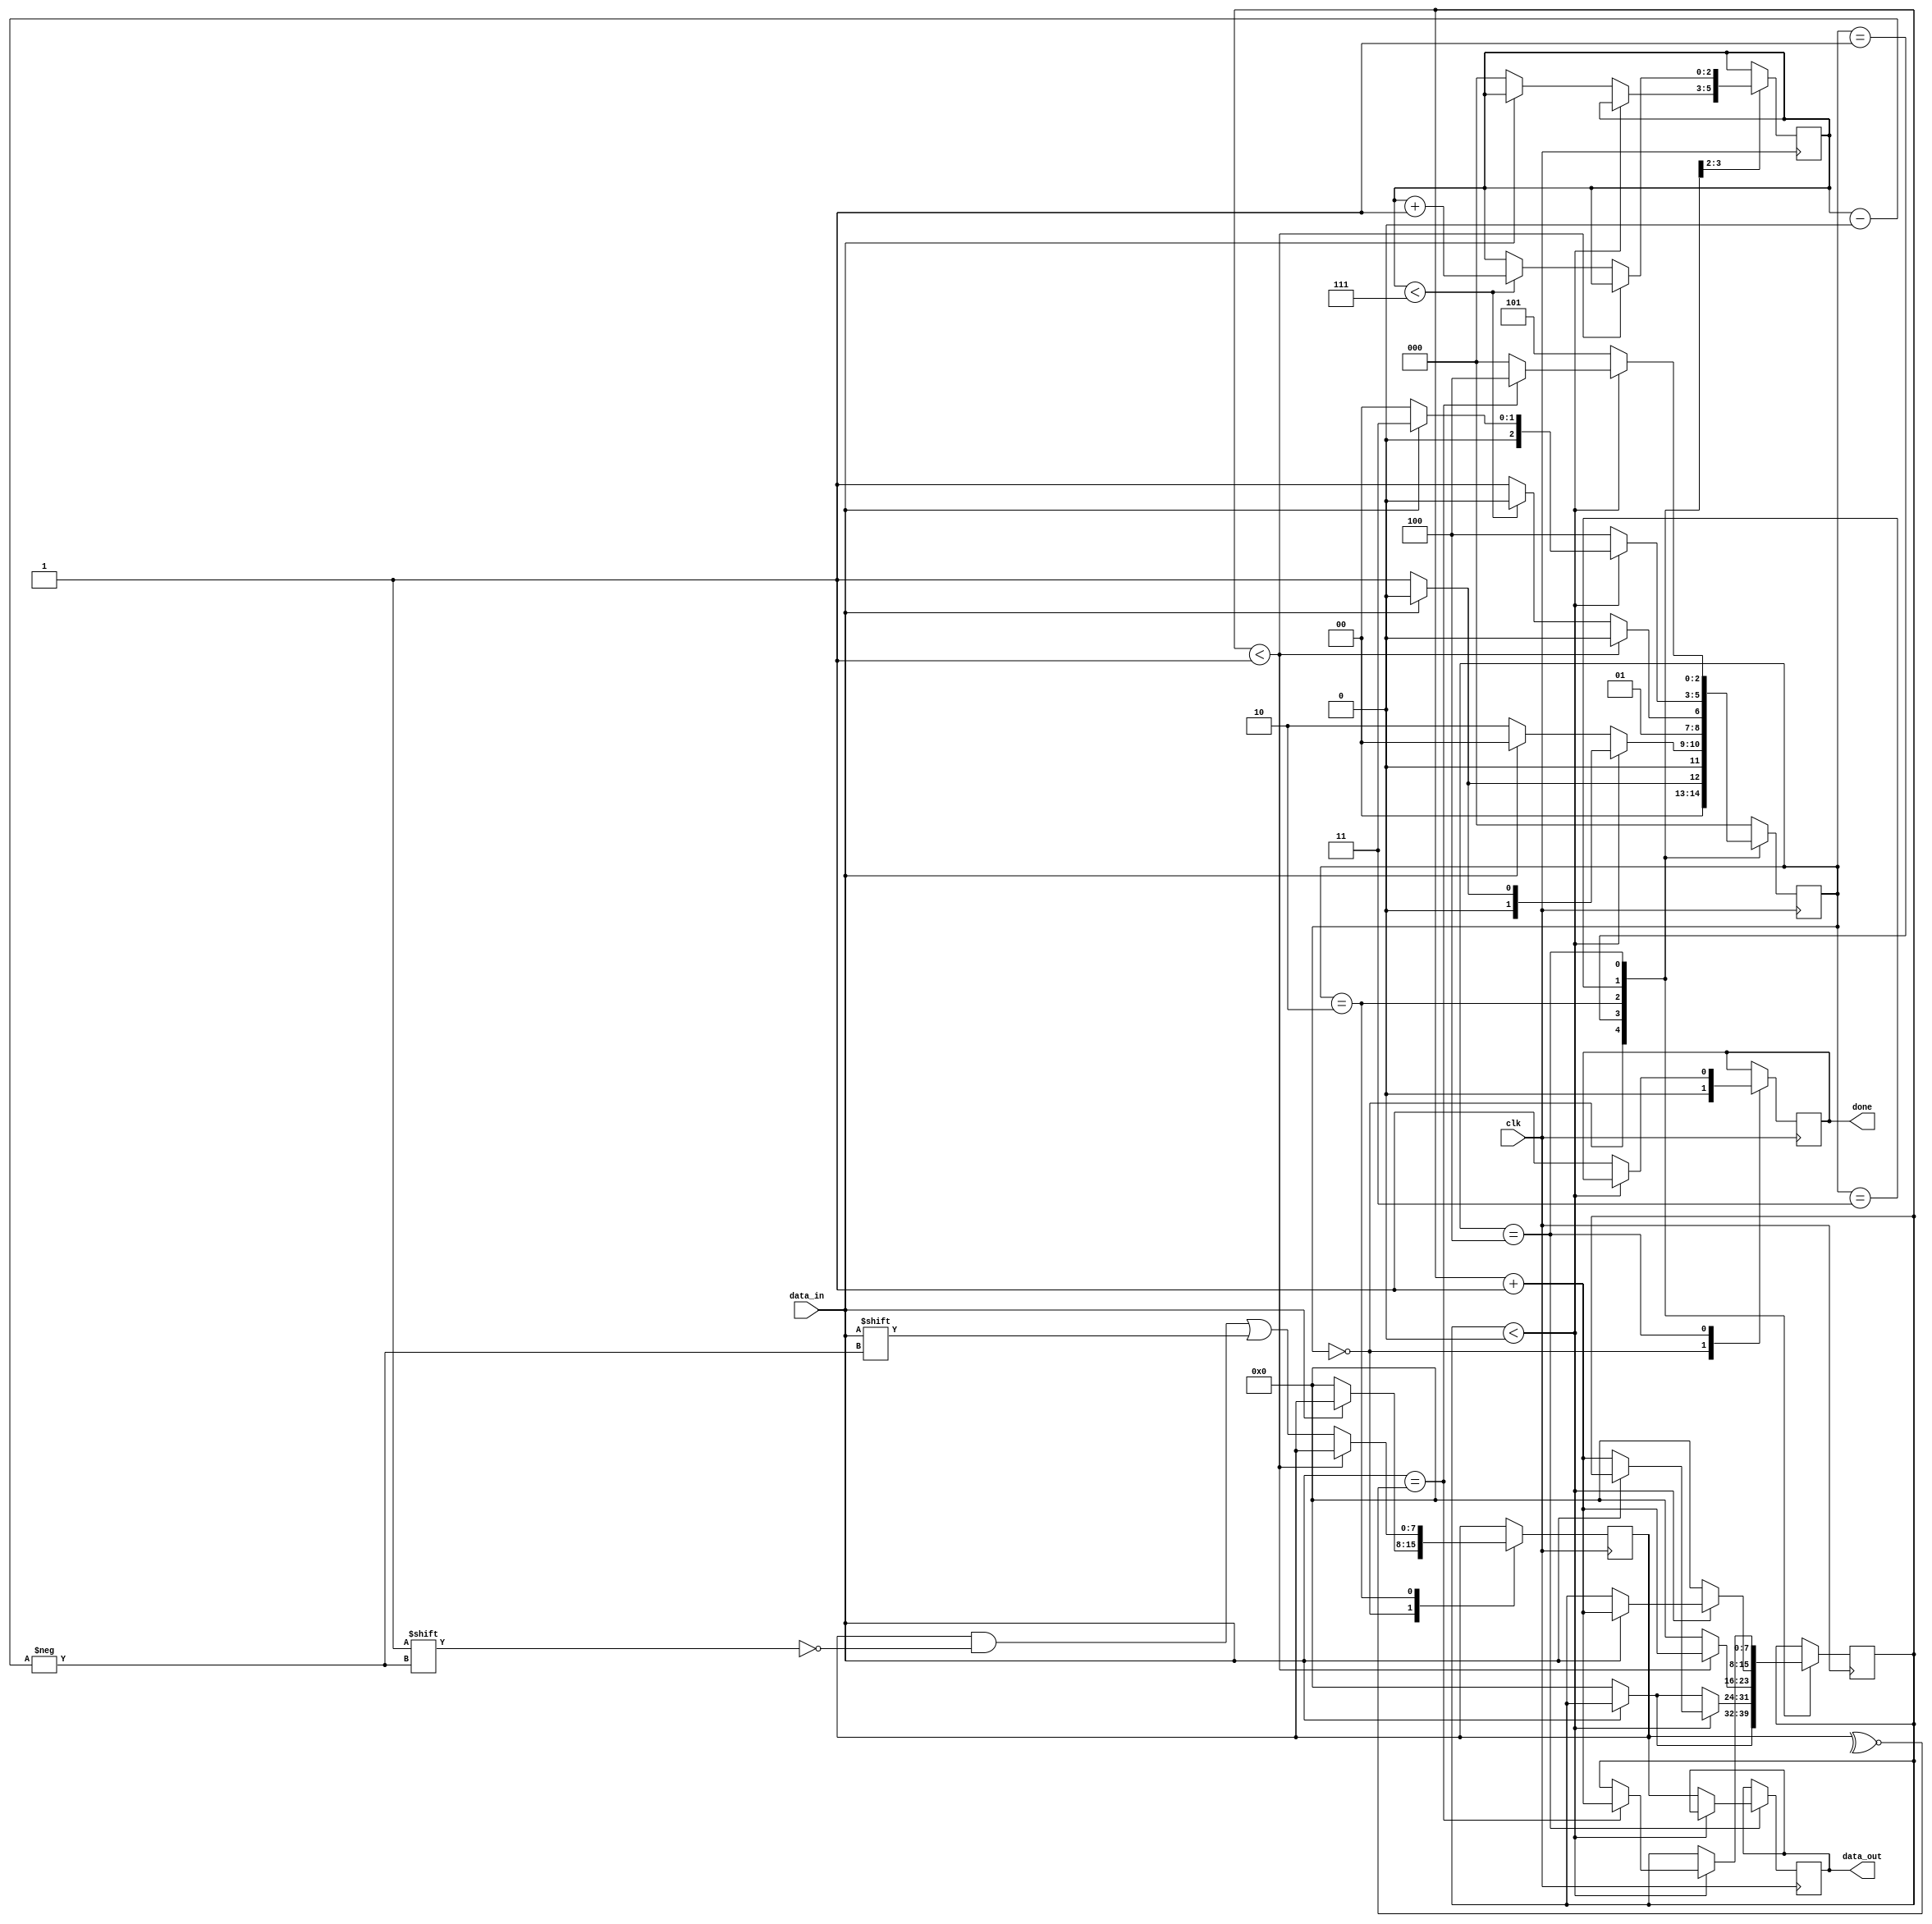
module UART_Rx(
	input data_in,
	input clk,
	output reg done,
	output reg [7:0] data_out
    );

//CLKS_per_bit is calculated as clock freq / baud rate	 
parameter CLKs_per_bit = 2;
	 
// FSM states
parameter IDLE = 3'b000;
parameter START_BIT = 3'b001;
parameter DATA_BITS = 3'b010;
parameter STOP_BIT = 3'b011;
parameter PARITY_BIT = 3'b100;
parameter FINISHED = 3'b101;

reg [2:0] current_state = IDLE;
reg [7:0] data_received;
reg [7:0] number_of_clks;
reg [2:0] bit_index;

always @(posedge clk)
begin
	case (current_state)
	
		// set done to 0 and wait for a start bit
		IDLE: begin
			done <= 0;
			if(data_in == 1'b0) begin
				current_state <= START_BIT;
				data_received <= 8'b00000000;
				number_of_clks <= 0;
			end
			else begin
				current_state <= IDLE;
			end
		end
		
		
		START_BIT: begin
			if (number_of_clks < CLKs_per_bit - 2) begin
				//if start bit is still not finished, check it's still found
				if (data_in == 1'b0) begin
					number_of_clks <= number_of_clks + 1;
					current_state <= START_BIT;
				end
				else begin
					// if the start bit is not found for the whole CLKs_per_bit period
					// then there is an error and return to IDLE state
					current_state <= IDLE;
				end
			end
			else begin
				if (data_in == 1'b0) begin
				//if the start bit is still present then there is error
					current_state <= DATA_BITS;
					number_of_clks <= 0;
					bit_index <= 0;
				end
				else begin
					// if the start bit is not found
					// then there is an error and return to IDLE state
					current_state <= IDLE;
				end
				
			end
		end
		
		
		DATA_BITS: begin
			//check if sending this bit still needs more clocks
			if (number_of_clks < CLKs_per_bit - 1) begin
				number_of_clks <= number_of_clks + 1;
				current_state <= DATA_BITS;
			end
			else begin
				data_received[bit_index] <= data_in;
				number_of_clks <= 0;
				//if sending this bit ended then check if all bits are done
				if (bit_index < 7) begin
					//if there is still data then send it
					bit_index <= bit_index + 1;
					current_state <= DATA_BITS;
				end
				else begin
					//if data sending is done go to sending stop bit
					current_state <= STOP_BIT;
				end	
			end
		end
		
		STOP_BIT: begin
			if (number_of_clks < CLKs_per_bit - 2) begin
				//if stop bit is still not finished, check it's still found
				if (data_in == 1'b1) begin
					number_of_clks <= number_of_clks + 1;
					current_state <= STOP_BIT;
				end
				else begin
					// if the stop bit is not found for the whole CLKs_per_bit period
					// then there is an error and return to IDLE state
					current_state <= IDLE;
				end
			end
			else begin
				current_state <= PARITY_BIT;
				number_of_clks <= 0;
				//data_out <= data_received;
			end
		end
		
		PARITY_BIT: begin
		if (number_of_clks < CLKs_per_bit - 2) begin
				//if parity bit is still not finished, check it's still found
				if (data_in == parity) begin
					number_of_clks <= number_of_clks + 1;
					current_state <= PARITY_BIT;
				end
				else begin
					// if the parity bit is not found for the whole CLKs_per_bit period
					// or its value is wrong
					// then there is an error and return to IDLE state
					current_state <= IDLE;
				end
			end
			else begin
				current_state <= FINISHED;
				data_out <= data_received;
				done <= 1;
			end
		end
		
		
		FINISHED: begin
		// Extending done by one more clock period
			current_state <= IDLE;
		end
		
		default: begin
			current_state <= IDLE;
		end
		
	endcase

end

assign parity = ~^data_received;

endmodule